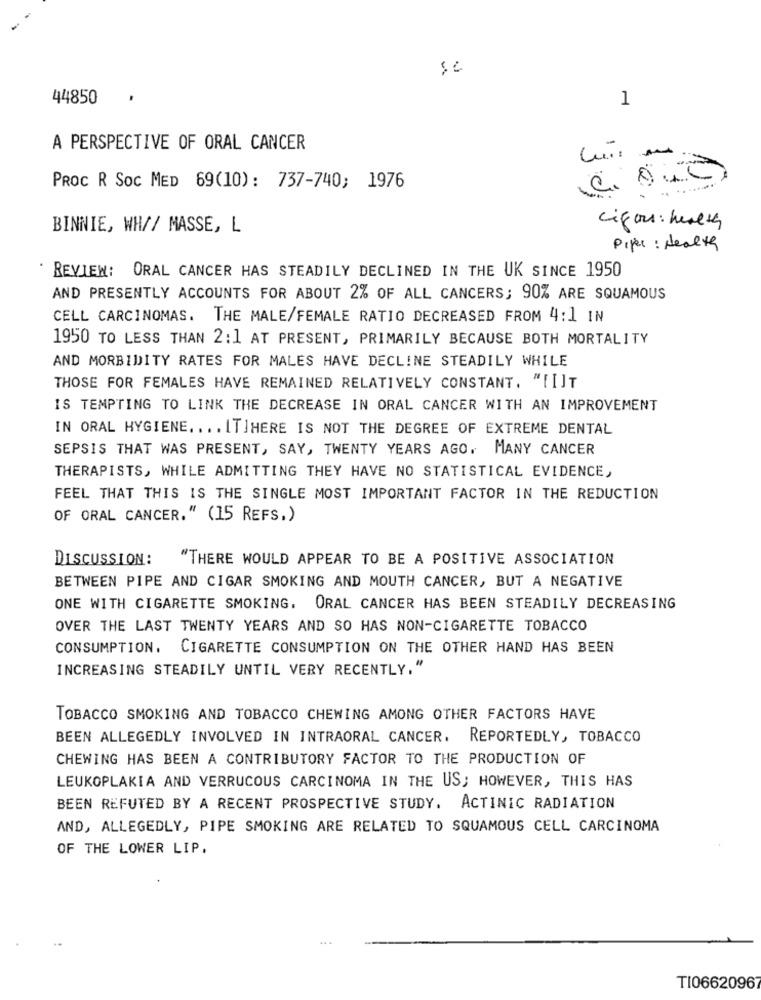
44850
1
A PERSPECTIVE OF ORAL CANCER
PROC R SOC MED 69(10): 737-740; 1976
BINNIE, WH// MASSE, L
cifor : husets
Piper : Health
REVIEW: ORAL CANCER HAS STEADILY DECLINED IN THE UK SINCE 1950
AND PRESENTLY ACCOUNTS FOR ABOUT 2% OF ALL CANCERS; 90% ARE SQUAMOUS
CELL CARCINOMAS. THE MALE/FEMALE RATIO DECREASED FROM 4:1 IN
1950 TO LESS THAN 2:1 AT PRESENT, PRIMARILY BECAUSE BOTH MORTALITY
AND MORBIDITY RATES FOR MALES HAVE DECLINE STEADILY WHILE
THOSE FOR FEMALES HAVE REMAINED RELATIVELY CONSTANT. "[I]T
IS TEMPTING TO LINK THE DECREASE IN ORAL CANCER WITH AN IMPROVEMENT
IN ORAL HYGIENE .... IT]HERE IS NOT THE DEGREE OF EXTREME DENTAL
SEPSIS THAT WAS PRESENT, SAY, TWENTY YEARS AGO, MANY CANCER
THERAPISTS, WHILE ADMITTING THEY HAVE NO STATISTICAL EVIDENCE,
FEEL THAT THIS IS THE SINGLE MOST IMPORTANT FACTOR IN THE REDUCTION
OF ORAL CANCER." (15 REFS.)
DISCUSSION:
"THERE WOULD APPEAR TO BE A POSITIVE ASSOCIATION
BETWEEN PIPE AND CIGAR SMOKING AND MOUTH CANCER, BUT A NEGATIVE
ONE WITH CIGARETTE SMOKING. ORAL CANCER HAS BEEN STEADILY DECREASING
OVER THE LAST TWENTY YEARS AND SO HAS NON-CIGARETTE TOBACCO
CONSUMPTION. CIGARETTE CONSUMPTION ON THE OTHER HAND HAS BEEN
INCREASING STEADILY UNTIL VERY RECENTLY."
TOBACCO SMOKING AND TOBACCO CHEWING AMONG OTHER FACTORS HAVE
BEEN ALLEGEDLY INVOLVED IN INTRAORAL CANCER. REPORTEDLY, TOBACCO
CHEWING HAS BEEN A CONTRIBUTORY FACTOR TO THE PRODUCTION OF
LEUKOPLAKIA AND VERRUCOUS CARCINOMA IN THE US; HOWEVER, THIS HAS
BEEN REFUTED BY A RECENT PROSPECTIVE STUDY. ACTINIC RADIATION
AND, ALLEGEDLY, PIPE SMOKING ARE RELATED TO SQUAMOUS CELL CARCINOMA
OF THE LOWER LIP.
4.4
TI0662096